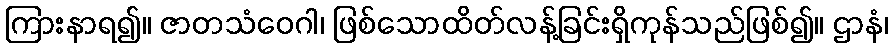
ကြားနာရ၍။ ဇာတသံဝေဂါ၊ ဖြစ်သောထိတ်လန့်ခြင်းရှိကုန်သည်ဖြစ်၍။ ဌာနံ၊